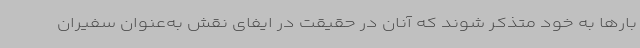
بارها به خود متذکر شوند که آنان در حقیقت در ایفای نقش به‌عنوان سفیران